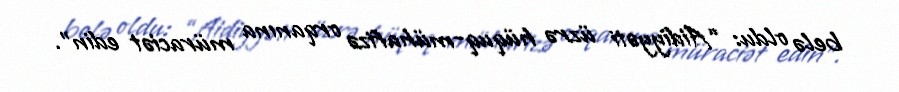
belə oldu: “Aidiyyəti üzrə hüquq-mühafizə orqanına müraciət edin”.